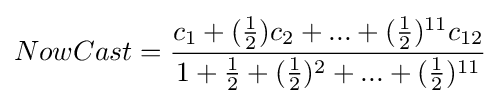
NowCast={\frac {c_{1}+({\frac {1}{2}})c_{2}+...+{({\frac {1}{2}}})^{11}{c_{12}}}{1+{\frac {1}{2}}+({\frac {1}{2}})^{2}+...+{({\frac {1}{2}}})^{11}}}